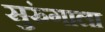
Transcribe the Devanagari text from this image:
सुरुंगाला